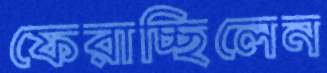
ফেরাচ্ছিলেন